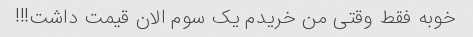
خوبه فقط وقتی من خریدم یک سوم الان قیمت داشت!!!